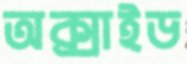
অক্সাইড